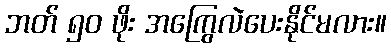
ဘတ် ၅၀ ဖိုး အကြွေလဲပေးနိုင်မလား။